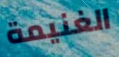
الغنيمة